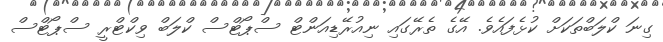
ގިނަ ކްލަބްތަކަށް ކުޅެފައެވެ. އޭގެ ތެރޭގައި ނިއުރޭޑިއަންޓް ސްޕޯޓްސް ކްލަބް ވިކްޓްރީ ސްޕޯޓްސް